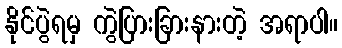
နိုင်ပွဲရမှ ကွဲပြားခြားနားတဲ့ အရာပါ။